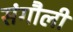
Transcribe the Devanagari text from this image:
संगौली